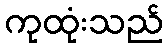
ကုထုံးသည်